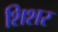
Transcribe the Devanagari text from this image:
शिशर